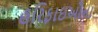
હરિફાઇઓના